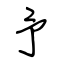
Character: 予